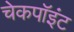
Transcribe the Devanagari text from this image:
चेकपॉइंट